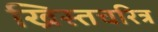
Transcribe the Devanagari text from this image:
ख्रिस्तचरित्र